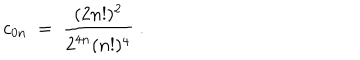
c _ { 0 n } \; = \; { \frac { ( 2 n ! ) ^ { 2 } } { 2 ^ { 4 n } ( n ! ) ^ { 4 } } } \; .